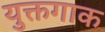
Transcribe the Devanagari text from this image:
युक्तगाक